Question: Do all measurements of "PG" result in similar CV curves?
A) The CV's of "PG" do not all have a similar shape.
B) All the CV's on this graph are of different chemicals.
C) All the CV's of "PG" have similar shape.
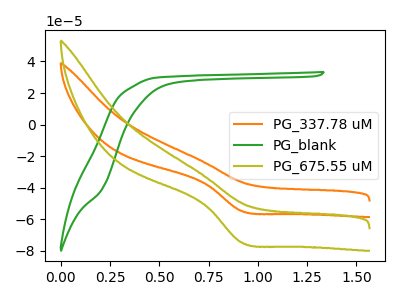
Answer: <think>The orange curve "PG_337.78 uM" has a cathodic peak at: (0.90V, -54.65uA). The green curve "PG_blank" has no peaks. The olive curve "PG_675.55 uM" has a cathodic peak at: (0.90V, -74.60uA).
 "PG_337.78 uM" and "PG_blank" have a different number of peaks. All the peaks in "PG_337.78 uM" have a peak in "PG_675.55 uM" at the same potential. Every peak in "PG_337.78 uM" is lower than every peak in "PG_675.55 uM". "PG_blank" and "PG_675.55 uM" have a different number of peaks.</think>
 <answer>C) All the CV's of "PG" have similar shape.</answer>
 <eval>C</eval>